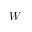
W